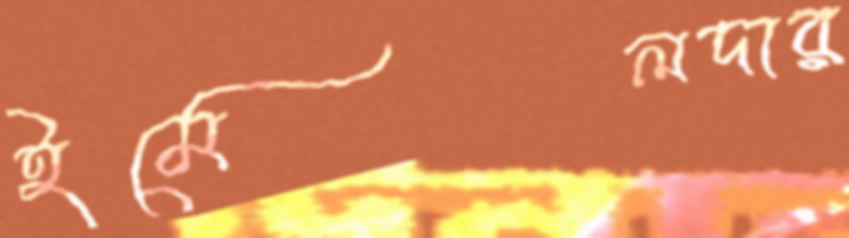
ইমেলদার